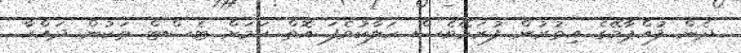
ދެން ފުއްޕާމޭގެ އިތުރުން ފުރަމޭވެސް ހަލާކުވެފަ އޮތް ކަމަށް ޓެސްޓް ތަކުން ދައްކާ